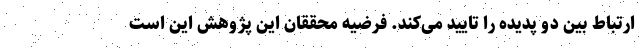
ارتباط بین دو پدیده را تایید می‌کند. فرضیه محققان این پژوهش این است